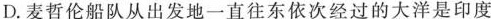
D.麦哲伦船队从出发地一直往东依次经过的大洋是印度